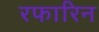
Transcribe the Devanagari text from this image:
रफारिन